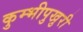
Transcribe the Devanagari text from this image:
कुम्भीपुखुरी